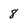
Character: 8